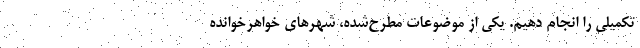
تکمیلی را انجام دهیم. یکی از موضوعات مطرح‌شده، شهرهای خواهرخوانده